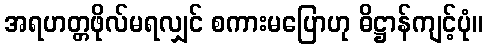
အရဟတ္တဖိုလ်မရလျှင် စကားမပြောဟု ဓိဋ္ဌာန်ကျင့်ပုံ။